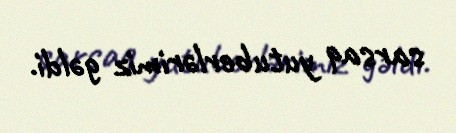
sarsaq yutuberlərimiz gəldi.